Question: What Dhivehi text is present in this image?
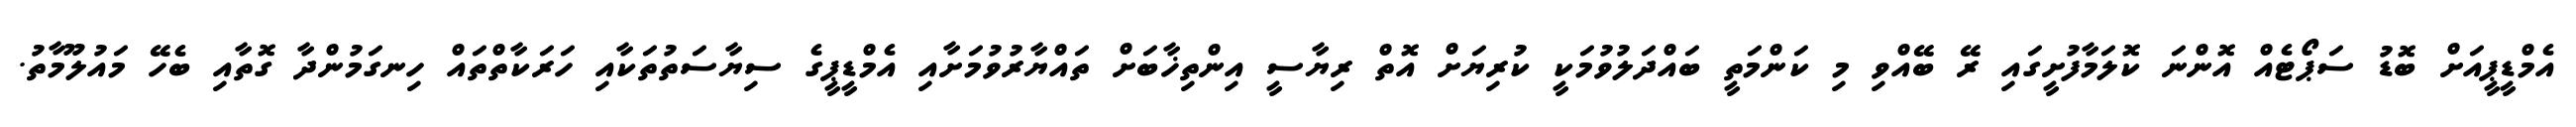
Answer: އެމްޑީޕީއަށް ބޮޑު ސަޕޯޓެއް އޮންނަ ކޮލަމާފުށީގައި ރޭ ބޭއްވި މި ކަންމަތީ ބައްދަލުވުމަކީ ކުރިޔަށް އޮތް ރިޔާސީ އިންތިޚާބަށް ތައްޔާރުވުމަށާއި އެމްޑީޕީގެ ސިޔާސަތުތަކާއި ހަރަކާތްތައް ހިނގަމުންދާ ގޮތާއި ބެހޭ މައުލޫމާތު.